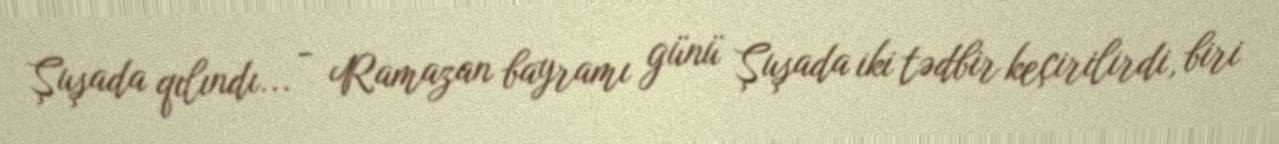
Şuşada qılındı... - Ramazan bayramı günü Şuşada iki tədbir keçirilirdi, biri